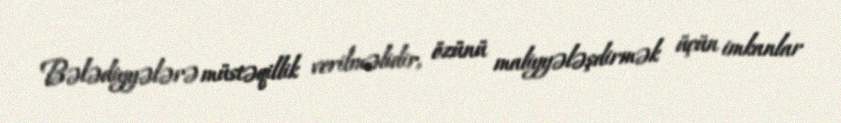
Bələdiyyələrə müstəqillik verilməlidir, özünü maliyyələşdirmək üçün imkanlar